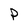
Character: P